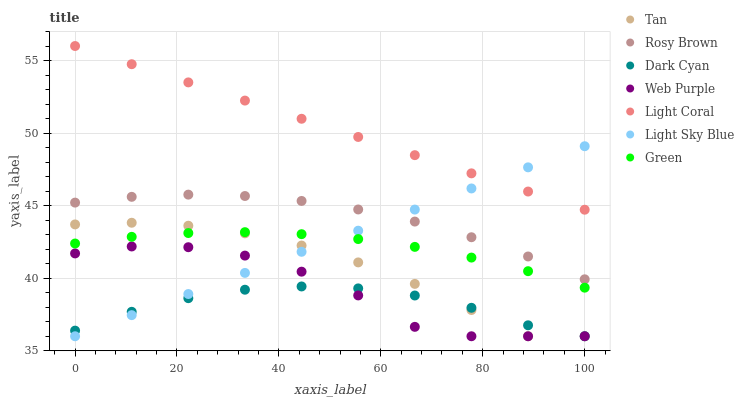
| xaxis_label | Tan | Rosy Brown | Dark Cyan | Web Purple | Light Coral | Light Sky Blue | Green |
 | --- | --- | --- | --- | --- | --- | --- | --- |
 | 0 | 43.7 | 45.2 | 36.4 | 41.7 | 56 | 36 | 42.4 |
 | 11.1 | 43.8 | 45.6 | 37.7 | 42.2 | 54.7 | 37.5 | 42.9 |
 | 22.2 | 43.6 | 45.8 | 38.6 | 42.1 | 53.5 | 38.9 | 43.1 |
 | 33.3 | 43.1 | 45.7 | 39.2 | 41.6 | 52.2 | 40.4 | 43.2 |
 | 44.4 | 42.3 | 45.3 | 39.4 | 40.5 | 51 | 41.8 | 43 |
 | 55.6 | 41.1 | 44.7 | 39.3 | 38.8 | 49.7 | 43.3 | 42.7 |
 | 66.7 | 39.6 | 43.9 | 38.8 | 36.6 | 48.5 | 44.7 | 42.2 |
 | 77.8 | 37.8 | 42.8 | 38 | 36 | 47.2 | 46.2 | 41.4 |
 | 88.9 | 36 | 41.5 | 36.8 | 36 | 46 | 47.6 | 40.5 |
 | 100 | 36 | 39.9 | 36 | 36 | 44.7 | 49.1 | 39.3 |